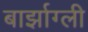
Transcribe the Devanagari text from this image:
बार्झाग्ली